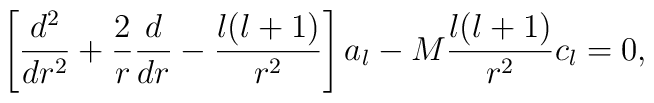
\left[{d^{2}\over dr^{2}}+{2\over r}{d\over dr}-{l(l+1)\over r^{2}}\right]a_{l}-M{l(l+1)\over r^{2}}c_{l}=0,